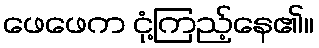
ဖေဖေက ငုံ့ကြည့်နေ၏။